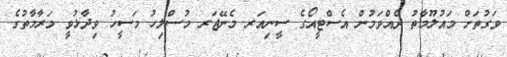
ވަގުތަށް މައުލޫމާތު ދެއްވަމުން އެސްޓީއޯގެ ސީނިއަރ މެނޭޖަރ މުސްލިހު މަސީހު ވިދާޅުވީ މަރާމާތުގެ